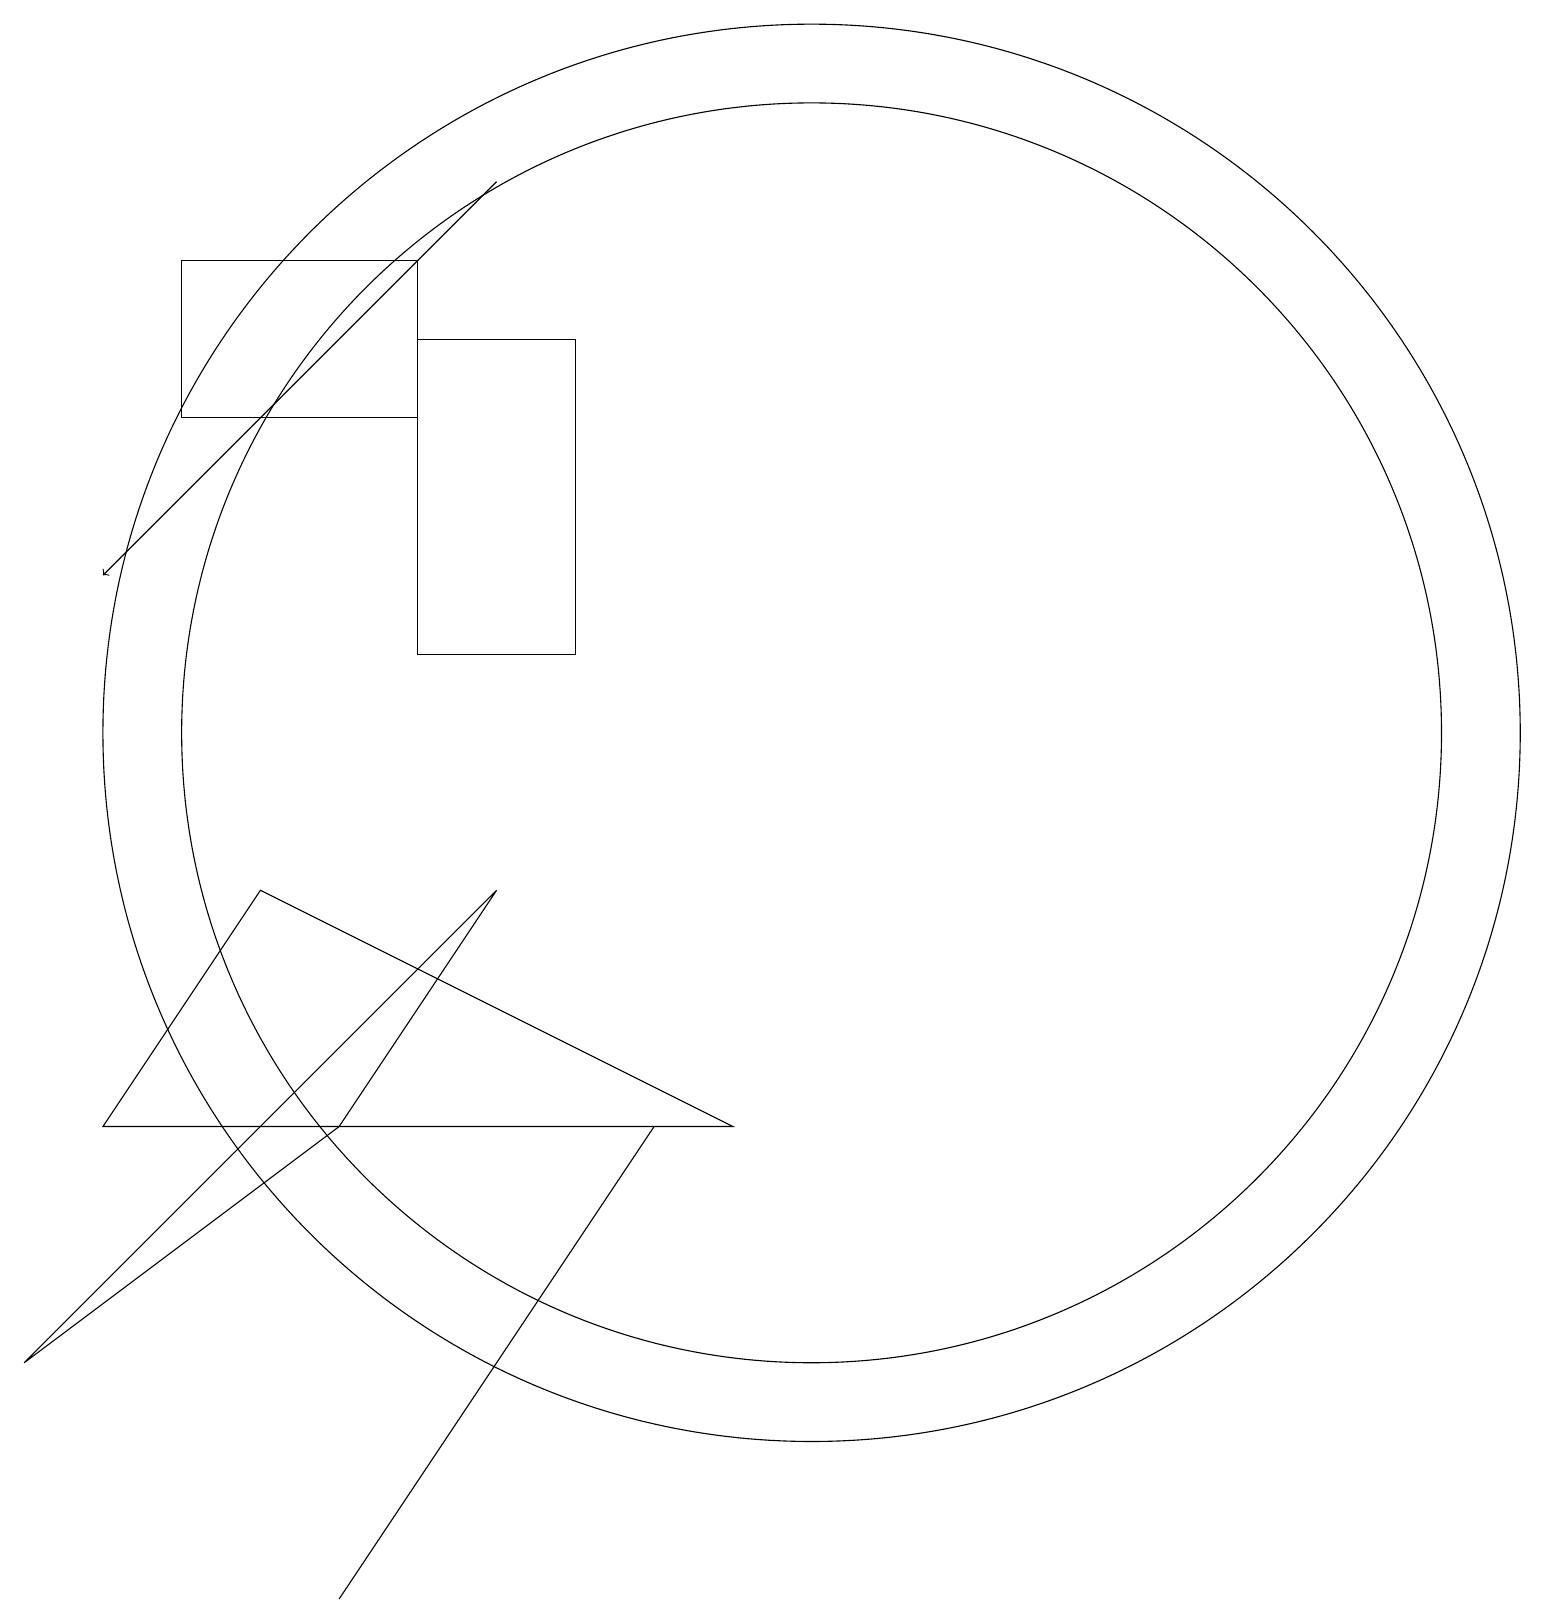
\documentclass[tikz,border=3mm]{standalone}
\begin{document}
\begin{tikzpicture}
\draw (9,6) -- (3,9) -- (1,6) -- cycle;
\draw (6,3) -- (4,0) -- (8,6) -- cycle;
\draw (5,16) rectangle (7,12);
\draw[->] (6,18) -- (1,13);
\draw (2,15) rectangle (5,17);
\draw (10,11) circle (8);
\draw (10,11) circle (9);
\draw (4,6) -- (0,3) -- (6,9) -- cycle;
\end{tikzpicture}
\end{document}